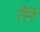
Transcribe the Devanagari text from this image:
तैने